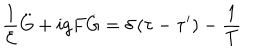
\frac 1 { { \cal E } } \ddot { G } + i g F \dot { G } = \delta \left( \tau - \tau ^ { \prime } \right) - \frac 1 T